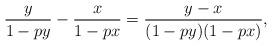
LaTeX: \begin{align*} \frac{y}{1-py} - \frac{x}{1-px} = \frac{y-x}{(1-py)(1-px)},\end{align*}